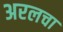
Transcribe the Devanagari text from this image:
अरलचा